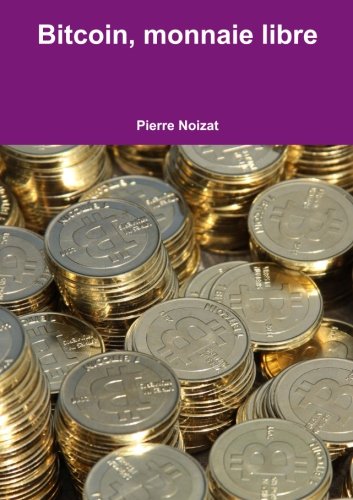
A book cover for Bitcoin, monnaie libre (French Edition); Pierre Noizat; Computers & Technology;